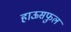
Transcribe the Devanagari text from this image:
हाऊसफुल